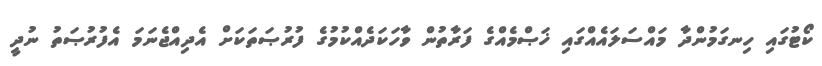
ކޯޓުގައި ހިނގަމުންދާ މައްސަލައެއްގައި ޚަޞްމެއްގެ ފަރާތުން ވާހަކަދެއްކުމުގެ ފުރުޞަތަކަށް އެދިއްޖެނަމަ އެފުރުޞަތު ނުދީ